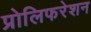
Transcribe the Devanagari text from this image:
प्रोलिफरेशन